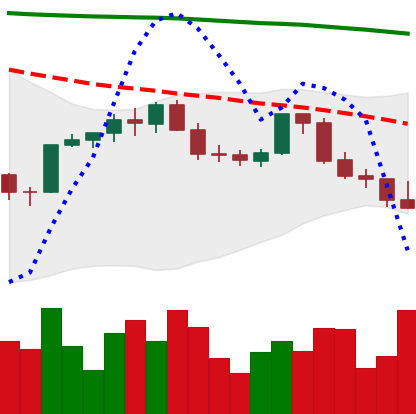
Ticker: ETH-USD
Chart end date: 2022-02-21
Forward return: 8.054%
Label: up_7plus